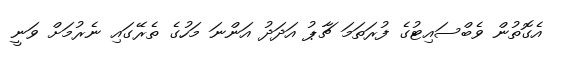
އެގޮތުން ވެބްސައިޓުގެ ފުރަތަަމަ ޗާޕު އަދަދު އަންނަ މަހުގެ ތެރޭގައި ނެރުމަށް ވަނީ